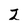
Character: 2